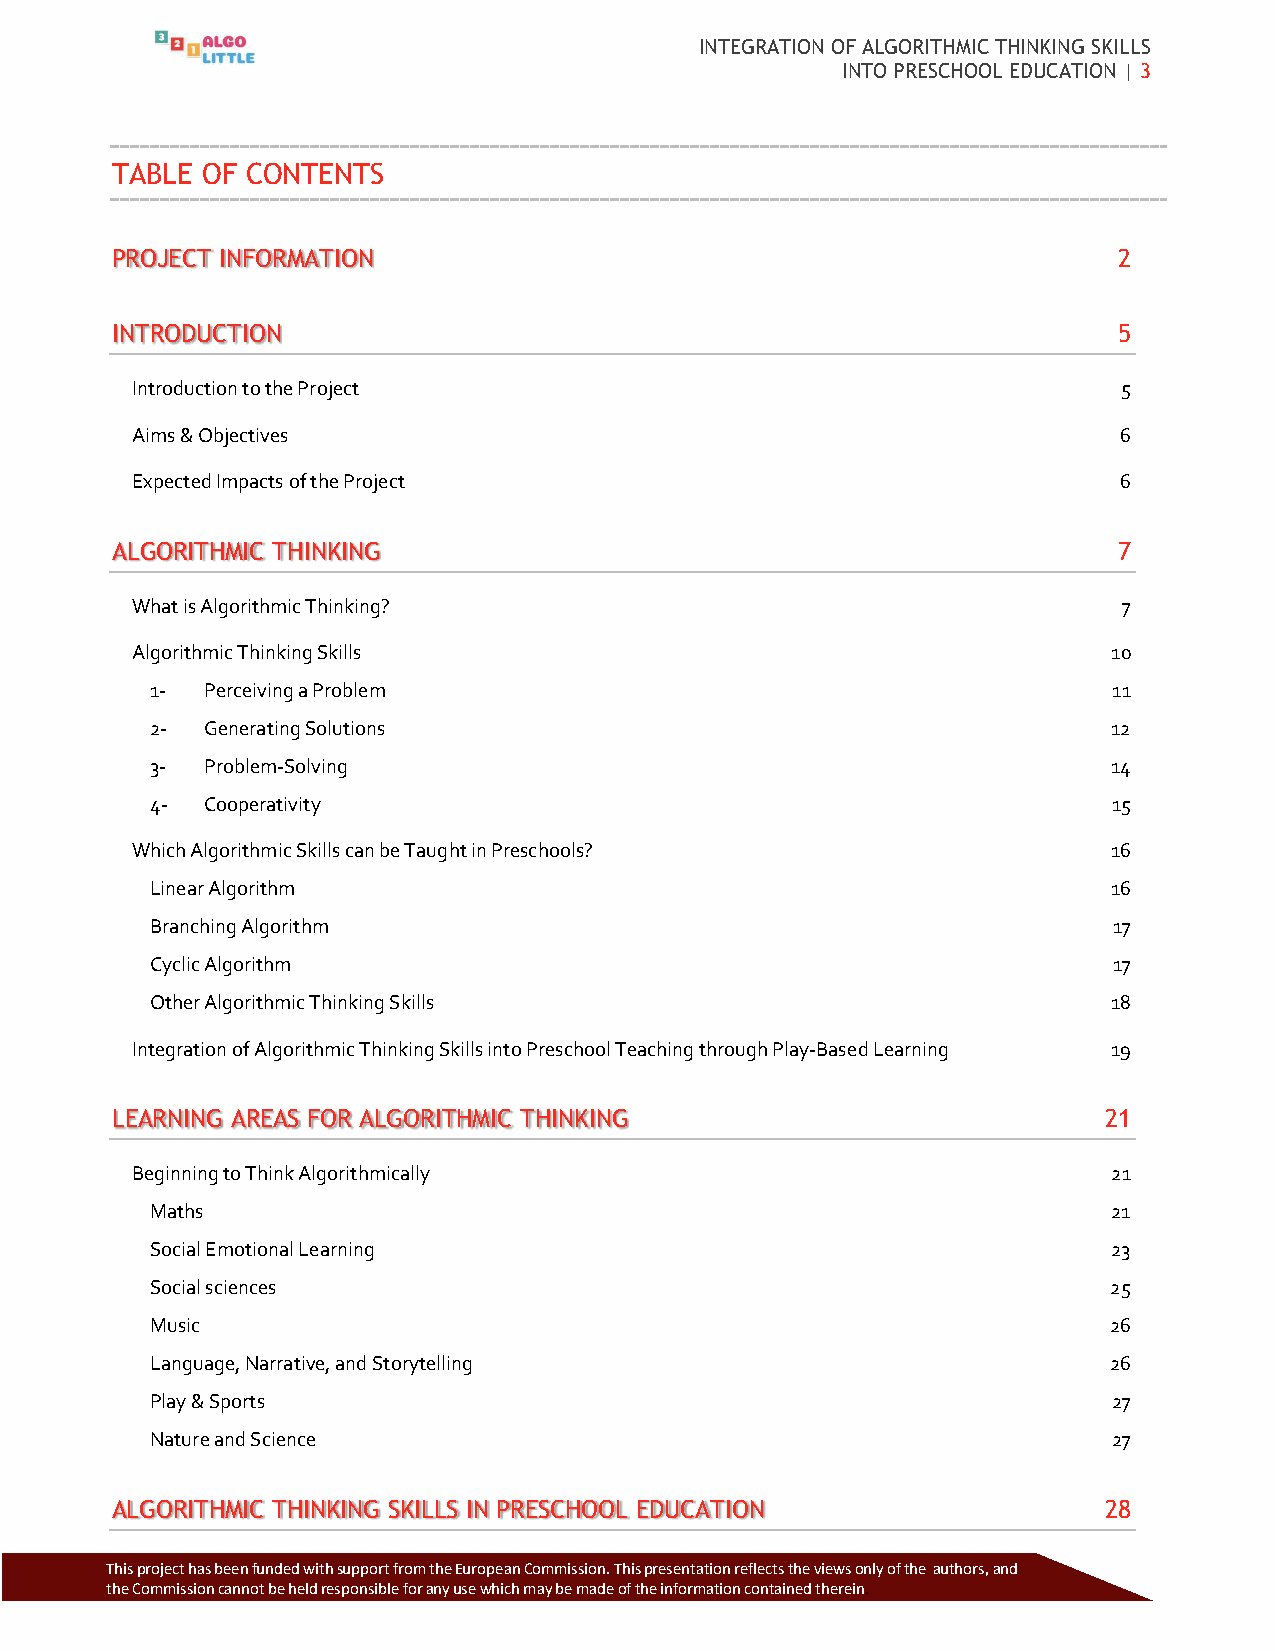
INTEGRATION OF ALGORITHMIC THINKING SKILLS
 INTO PRESCHOOL EDUCATION | 3
 TABLE OF CONTENTS
 PROJECT INFORMATION                                                2
 INTRODUCTION                                                       5
 Introduction to the Project                                      5
 Aims & Objectives                                                6
 Expected Impacts of the Project                                  6
 ALGORITHMIC THINKING                                               7
 What is Algorithmic Thinking?                                    7
 Algorithmic Thinking Skills                                      10
 1-  Perceiving a Problem                                        11
 2-  Generating Solutions                                        12
 3-  Problem-Solving                                             14
 4-  Cooperativity                                               15
 Which Algorithmic Skills can be Taught in Preschools?            16
 Linear Algorithm                                                16
 Branching Algorithm                                             17
 Cyclic Algorithm                                                17
 Other Algorithmic Thinking Skills                               18
 Integration of Algorithmic Thinking Skills into Preschool Teaching through Play-Based Learning 19
 LEARNING AREAS FOR ALGORITHMIC THINKING                           21
 Beginning to Think Algorithmically                               21
 Maths                                                           21
 Social Emotional Learning                                       23
 Social sciences                                                 25
 Music                                                          26
 Language, Narrative, and Storytelling                          26
 Play & Sports                                                   27
 Nature and Science                                              27
 ALGORITHMIC THINKING SKILLS IN PRESCHOOL EDUCATION                28
 Thi s project has been funded with support from the European Commission. This p resentation reflects the views only of the authors, and
 the Commission cannot be held responsible for any use which may be made of the information contained therein.